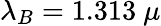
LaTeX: \lambda_{B}=1.313~\mu